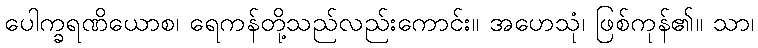
ပေါက္ခရဏိယောစ၊ ရေကန်တို့သည်လည်းကောင်း။ အဟေသုံ၊ ဖြစ်ကုန်၏။ သာ၊